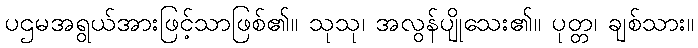
ပဌမအရွယ်အားဖြင့်သာဖြစ်၏။ သုသု၊ အလွန်ပျိုသေး၏။ ပုတ္တ၊ ချစ်သား။